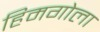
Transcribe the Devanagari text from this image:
हिमगोला